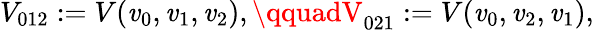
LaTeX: V_{012}:=V(\mathit{v}_{0},\mathit{v}_{1},\mathit{v}_{2}),\qquadV_{021}:=V(\mathit{v}_{0},\mathit{v}_{2},\mathit{v}_{1}),